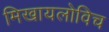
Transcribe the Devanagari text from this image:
मिखायलोविच